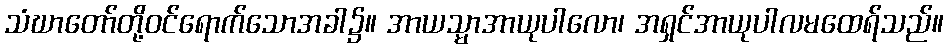
သံဃာတော်တို့ဝင်ရောက်သောအခါ၌။ အာယသ္မာအာယုပါလော၊ အရှင်အာယုပါလမထေရ်သည်။